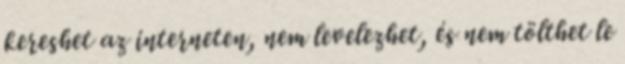
kereshet az interneten, nem levelezhet, és nem tölthet le